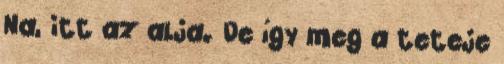
Na, itt az alja. De így meg a teteje